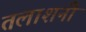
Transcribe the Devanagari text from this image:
तलाशनी